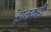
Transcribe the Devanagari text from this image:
झलकही